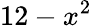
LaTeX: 12-x^{2}